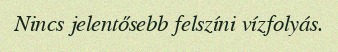
Nincs jelentősebb felszíni vízfolyás.